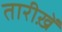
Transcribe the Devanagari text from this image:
तारीख़ें